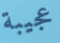
عجيبة